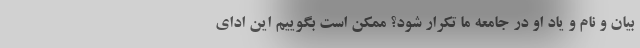
بیان و نام و یاد او در جامعه ما تکرار شود؟ ممکن است بگوییم این ادای